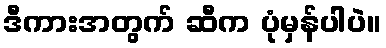
ဒီကားအတွက် ဆီက ပုံမှန်ပါပဲ။